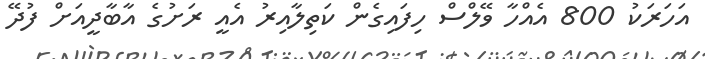
އަހަރަކު 800 އެއްހާ ވޭލްސް ހިފައިގެން ކަތިލާއިރު އެއީ ރަށުގެ އާބާދީއަށް ފުދޭ